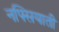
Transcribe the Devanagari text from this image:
नफ्सियाती